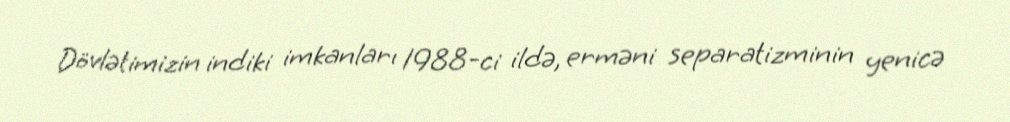
Dövlətimizin indiki imkanları 1988-ci ildə, erməni separatizminin yenicə